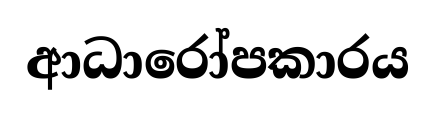
ආධාරෝපකාරය